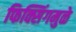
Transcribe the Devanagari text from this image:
फिक्सिंगमुळे